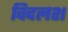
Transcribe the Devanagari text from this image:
विदलश